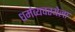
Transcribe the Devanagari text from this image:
धर्मव्यवस्थेला